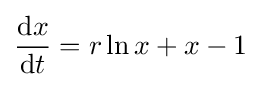
{\frac {\mathrm {d} x}{\mathrm {d} t}}=r\ln x+x-1